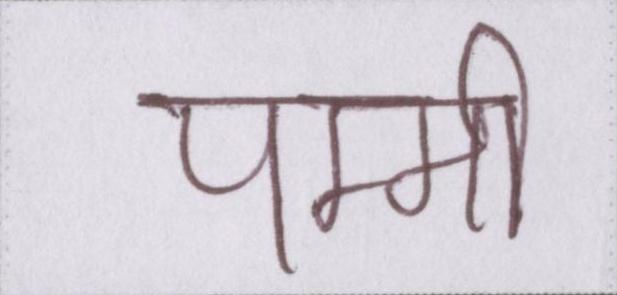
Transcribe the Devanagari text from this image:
पम्मी